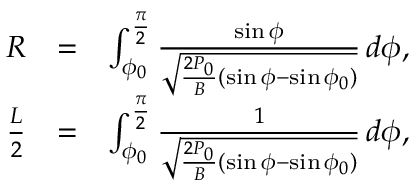
\begin{array} { r l r } { R } & { = } & { \int _ { \phi _ { 0 } } ^ { \frac { \pi } { 2 } } \frac { \sin \phi } { \sqrt { \frac { 2 P _ { 0 } } { B } ( \sin \phi - \sin \phi _ { 0 } ) } } \, d \phi , } \\ { \frac { L } { 2 } } & { = } & { \int _ { \phi _ { 0 } } ^ { \frac { \pi } { 2 } } \frac { 1 } { \sqrt { \frac { 2 P _ { 0 } } { B } ( \sin \phi - \sin \phi _ { 0 } ) } } \, d \phi , } \end{array}